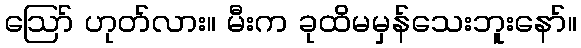
ဪ ဟုတ်လား။ မီးက ခုထိမမှန်သေးဘူးနော်။